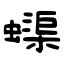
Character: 蟝